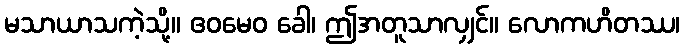
မသာယာသကဲ့သို့။ ဧဝမေဝ ခေါ၊ ဤအတူသာလျှင်။ လောကဟိတဿ၊